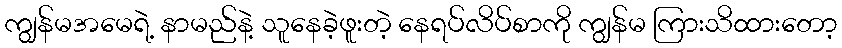
ကျွန်မအမေရဲ့ နာမည်နဲ့ သူနေခဲ့ဖူးတဲ့ နေရပ်လိပ်စာကို ကျွန်မ ကြားသိထားတော့